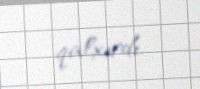
qalxırdı.